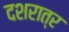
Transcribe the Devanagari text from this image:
दशरात्र